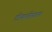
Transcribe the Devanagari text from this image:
टोकनीकरण